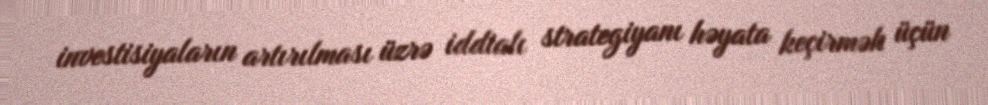
investisiyaların artırılması üzrə iddialı strategiyanı həyata keçirmək üçün